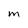
Character: M